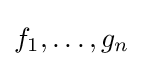
f_{1},\ldots ,g_{n}